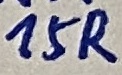
Text: 15R